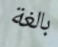
بالغة